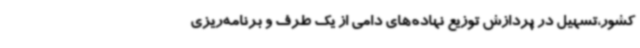
کشور،تسهیل در پردازش توزیع نهاده‌های دامی از یک طرف و برنامه‌ریزی